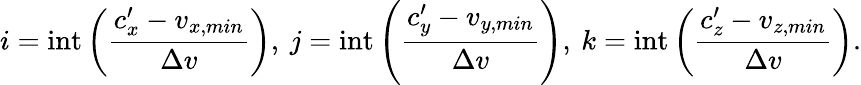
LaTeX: i=\mathrm{int}\left(\frac{c_{x}^{\prime}-v_{x,min}}{\Delta v}\right),\: j=\mathrm{int}\left(\frac{c_{y}^{\prime}-v_{y,min}}{\Delta v}\right),\: k=\mathrm{int}\left(\frac{c_{z}^{\prime}-v_{z,min}}{\Delta v}\right).